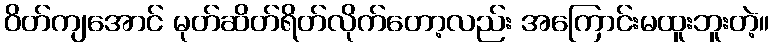
ဝိတ်ကျအောင် မုတ်ဆိတ်ရိတ်လိုက်တော့လည်း အကြောင်းမထူးဘူးတဲ့။